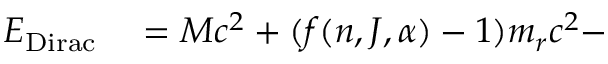
\begin{array} { r l } { E _ { \mathrm { D i r a c } } } & { { } = M c ^ { 2 } + ( f ( n , J , \alpha ) - 1 ) m _ { r } c ^ { 2 } - } \end{array}